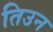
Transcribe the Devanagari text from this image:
तिउन